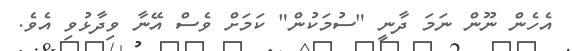
އެހެން ނޫން ނަމަ ދާނީ "ސުމަކުން" ކަމަށް ވެސް އޭނާ ވިދާޅުވި އެވެ.